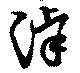
滹